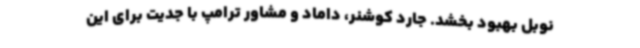
نوبل بهبود بخشد. جارد کوشنر، داماد و مشاور ترامپ با جدیت برای این